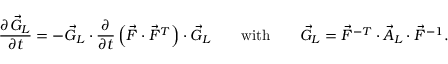
\frac { \partial \vec { G } _ { L } } { \partial t } = - \vec { G } _ { L } \cdot \frac { \partial } { \partial t } \left( \vec { F } \cdot \vec { F } ^ { T } \right) \cdot \vec { G } _ { L } \qquad \mathrm { w i t h } \qquad \vec { G } _ { L } = \vec { F } ^ { - T } \cdot \vec { A } _ { L } \cdot \vec { F } ^ { - 1 } .